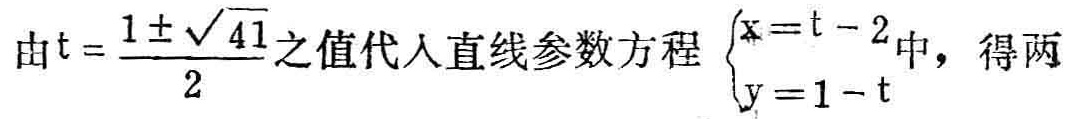
由\(t = \frac{1 \pm \sqrt{41}}{2}\)之值代入直线参数方程\(\begin{cases}x = t - 2\\y = 1 - t\end{cases}\)中，得两